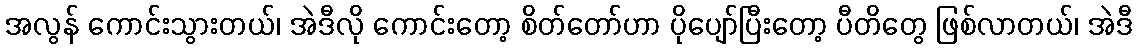
အလွန် ကောင်းသွားတယ်၊ အဲဒီလို ကောင်းတော့ စိတ်တော်ဟာ ပိုပျော်ပြီးတော့ ပီတိတွေ ဖြစ်လာတယ်၊ အဲဒီ